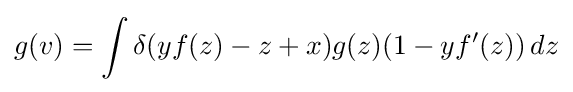
g(v)=\int \delta (yf(z)-z+x)g(z)(1-yf'(z))\,dz